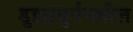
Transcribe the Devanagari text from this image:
डुइसबुर्गमधील